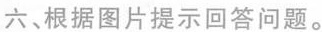
六、根据图片提示回答问题.